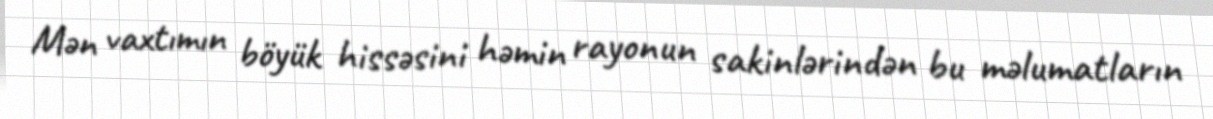
Mən vaxtımın böyük hissəsini həmin rayonun sakinlərindən bu məlumatların